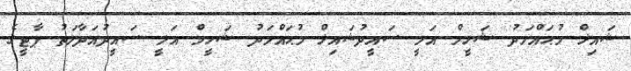
ޝައިޚް މުޙައްމަދު ޝަހީމް އަލީ ސައީދުޝައިޚް މުޙައްމަދު ޝަހީމް އަލީ ސައީދުއަދާލަތު ޕާޓީގެ